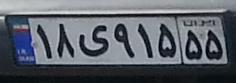
۱۸ی۹۱۵۵۵